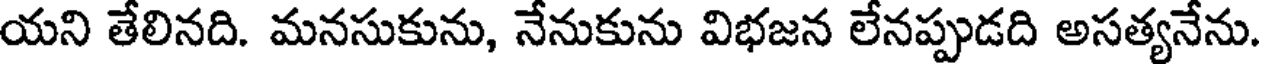
యని తేలినది. మనసుకును, నేనుకును విభజన లేనప్పుడది అసత్యనేను.